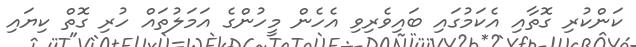
ކަންކުރި ގޮތާއި އެކަމުގައި ބައިވެރިވި އެހެން މީހުންގެ އަމަލުތައް ހުރި ގޮތް ކިޔައި